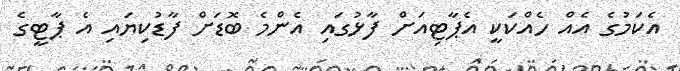
އެކަމުގެ އެއް ހެއްކަކީ އެޕާޓިއަށް ފާޅުގައި އެންމެ ބޮޑަށް ފާޑުކިޔައި އެ ޕާޓީގެ